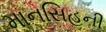
માનસિહની